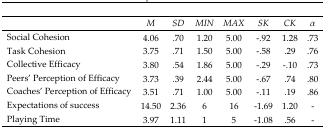
|  | M | SD | MIN | MAX | SK | CK | α |
 | --- | --- | --- | --- | --- | --- | --- | --- |
 | Social Cohesion | 4.06 | .70 | 1.20 | 5.00 | −.92 | 1.28 | .73 |
 | Task Cohesion | 3.75 | .71 | 1.50 | 5.00 | −.58 | .29 | .76 |
 | Collective Efficacy | 3.80 | .54 | 1.86 | 5.00 | −.29 | −.10 | .73 |
 | Peers’ Perception of Efficacy | 3.73 | .39 | 2.44 | 5.00 | −.67 | .74 | .80 |
 | Coaches’ Perception of Efficacy | 3.51 | .71 | 1.00 | 5.00 | −.11 | .19 | .86 |
 | Expectations of success | 14.50 | 2.36 | 6 | 16 | −1.69 | 1.20 | - |
 | Playing Time | 3.97 | 1.11 | 1 | 5 | −1.08 | .56 | - |